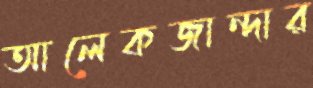
আলেকজান্দার